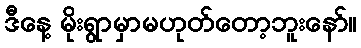
ဒီနေ့ မိုးရွာမှာမဟုတ်တော့ဘူးနော်။